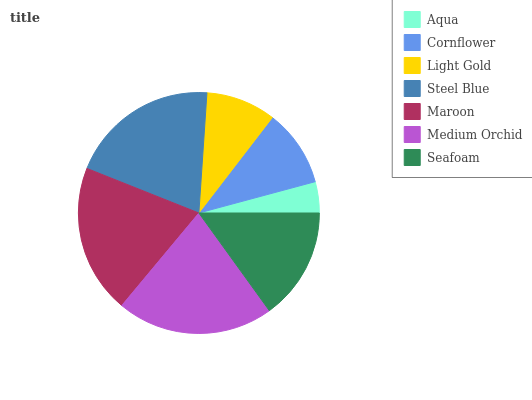
| Aqua | Cornflower | Light Gold | Steel Blue | Maroon | Medium Orchid | Seafoam |
 | --- | --- | --- | --- | --- | --- | --- |
 | 4.19% | 10.4% | 9.38% | 20.1% | 19.9% | 21% | 15.1% |